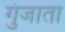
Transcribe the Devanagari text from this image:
गुंजाता